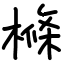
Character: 樤